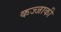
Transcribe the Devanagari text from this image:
कज्जाकी